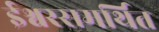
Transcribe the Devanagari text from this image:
ईश्वरसमर्थित